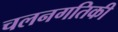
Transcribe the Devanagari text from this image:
चलनगतिकी